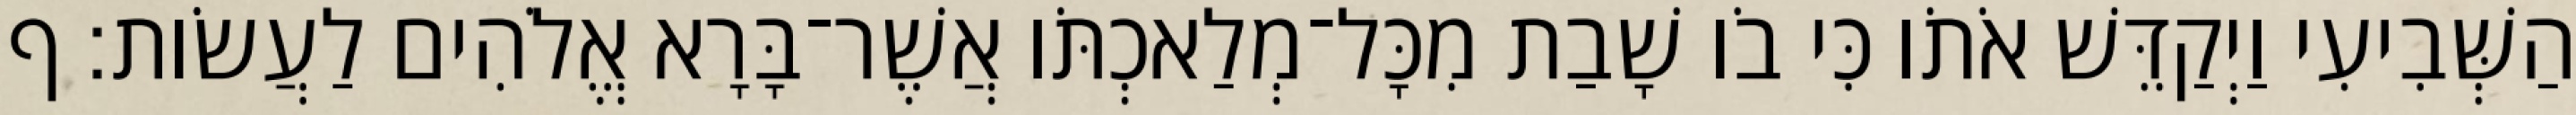
הַשְּׁבִיעִי וַיְקַדֵּשׁ אֹתֹו כִּי בֹו שָׁבַת מִכָּל־מְלַאכְתֹּו אֲשֶׁר־בָּרָא אֱלֹהִים לַעֲשֹׂות׃ ף